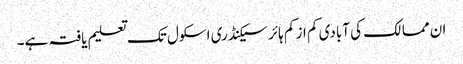
ان ممالک کی آبادی کم از کم ہائر سیکنڈری اسکول تک تعلیم یافتہ ہے۔